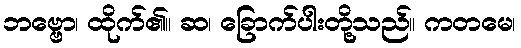
ဘဗ္ဗော၊ ထိုက်၏။ ဆ၊ ခြောက်ပါးတို့သည်။ ကတမေ၊